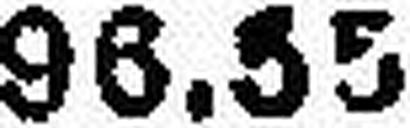
96.55